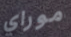
موراي